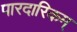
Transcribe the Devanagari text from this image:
पारदारिकम्